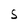
Character: S